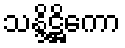
သန္ဒိဋ္ဌိကော